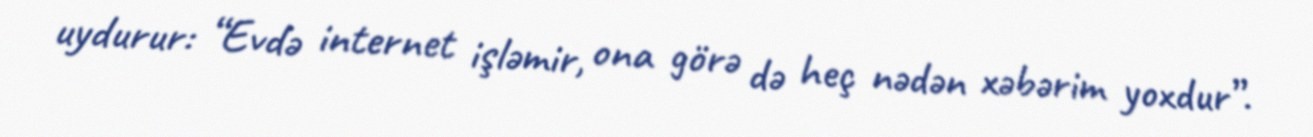
uydurur: “Evdə internet işləmir, ona görə də heç nədən xəbərim yoxdur”.